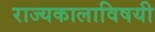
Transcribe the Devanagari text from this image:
राज्यकालाविषयी